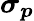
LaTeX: \boldsymbol{\sigma_{p}}